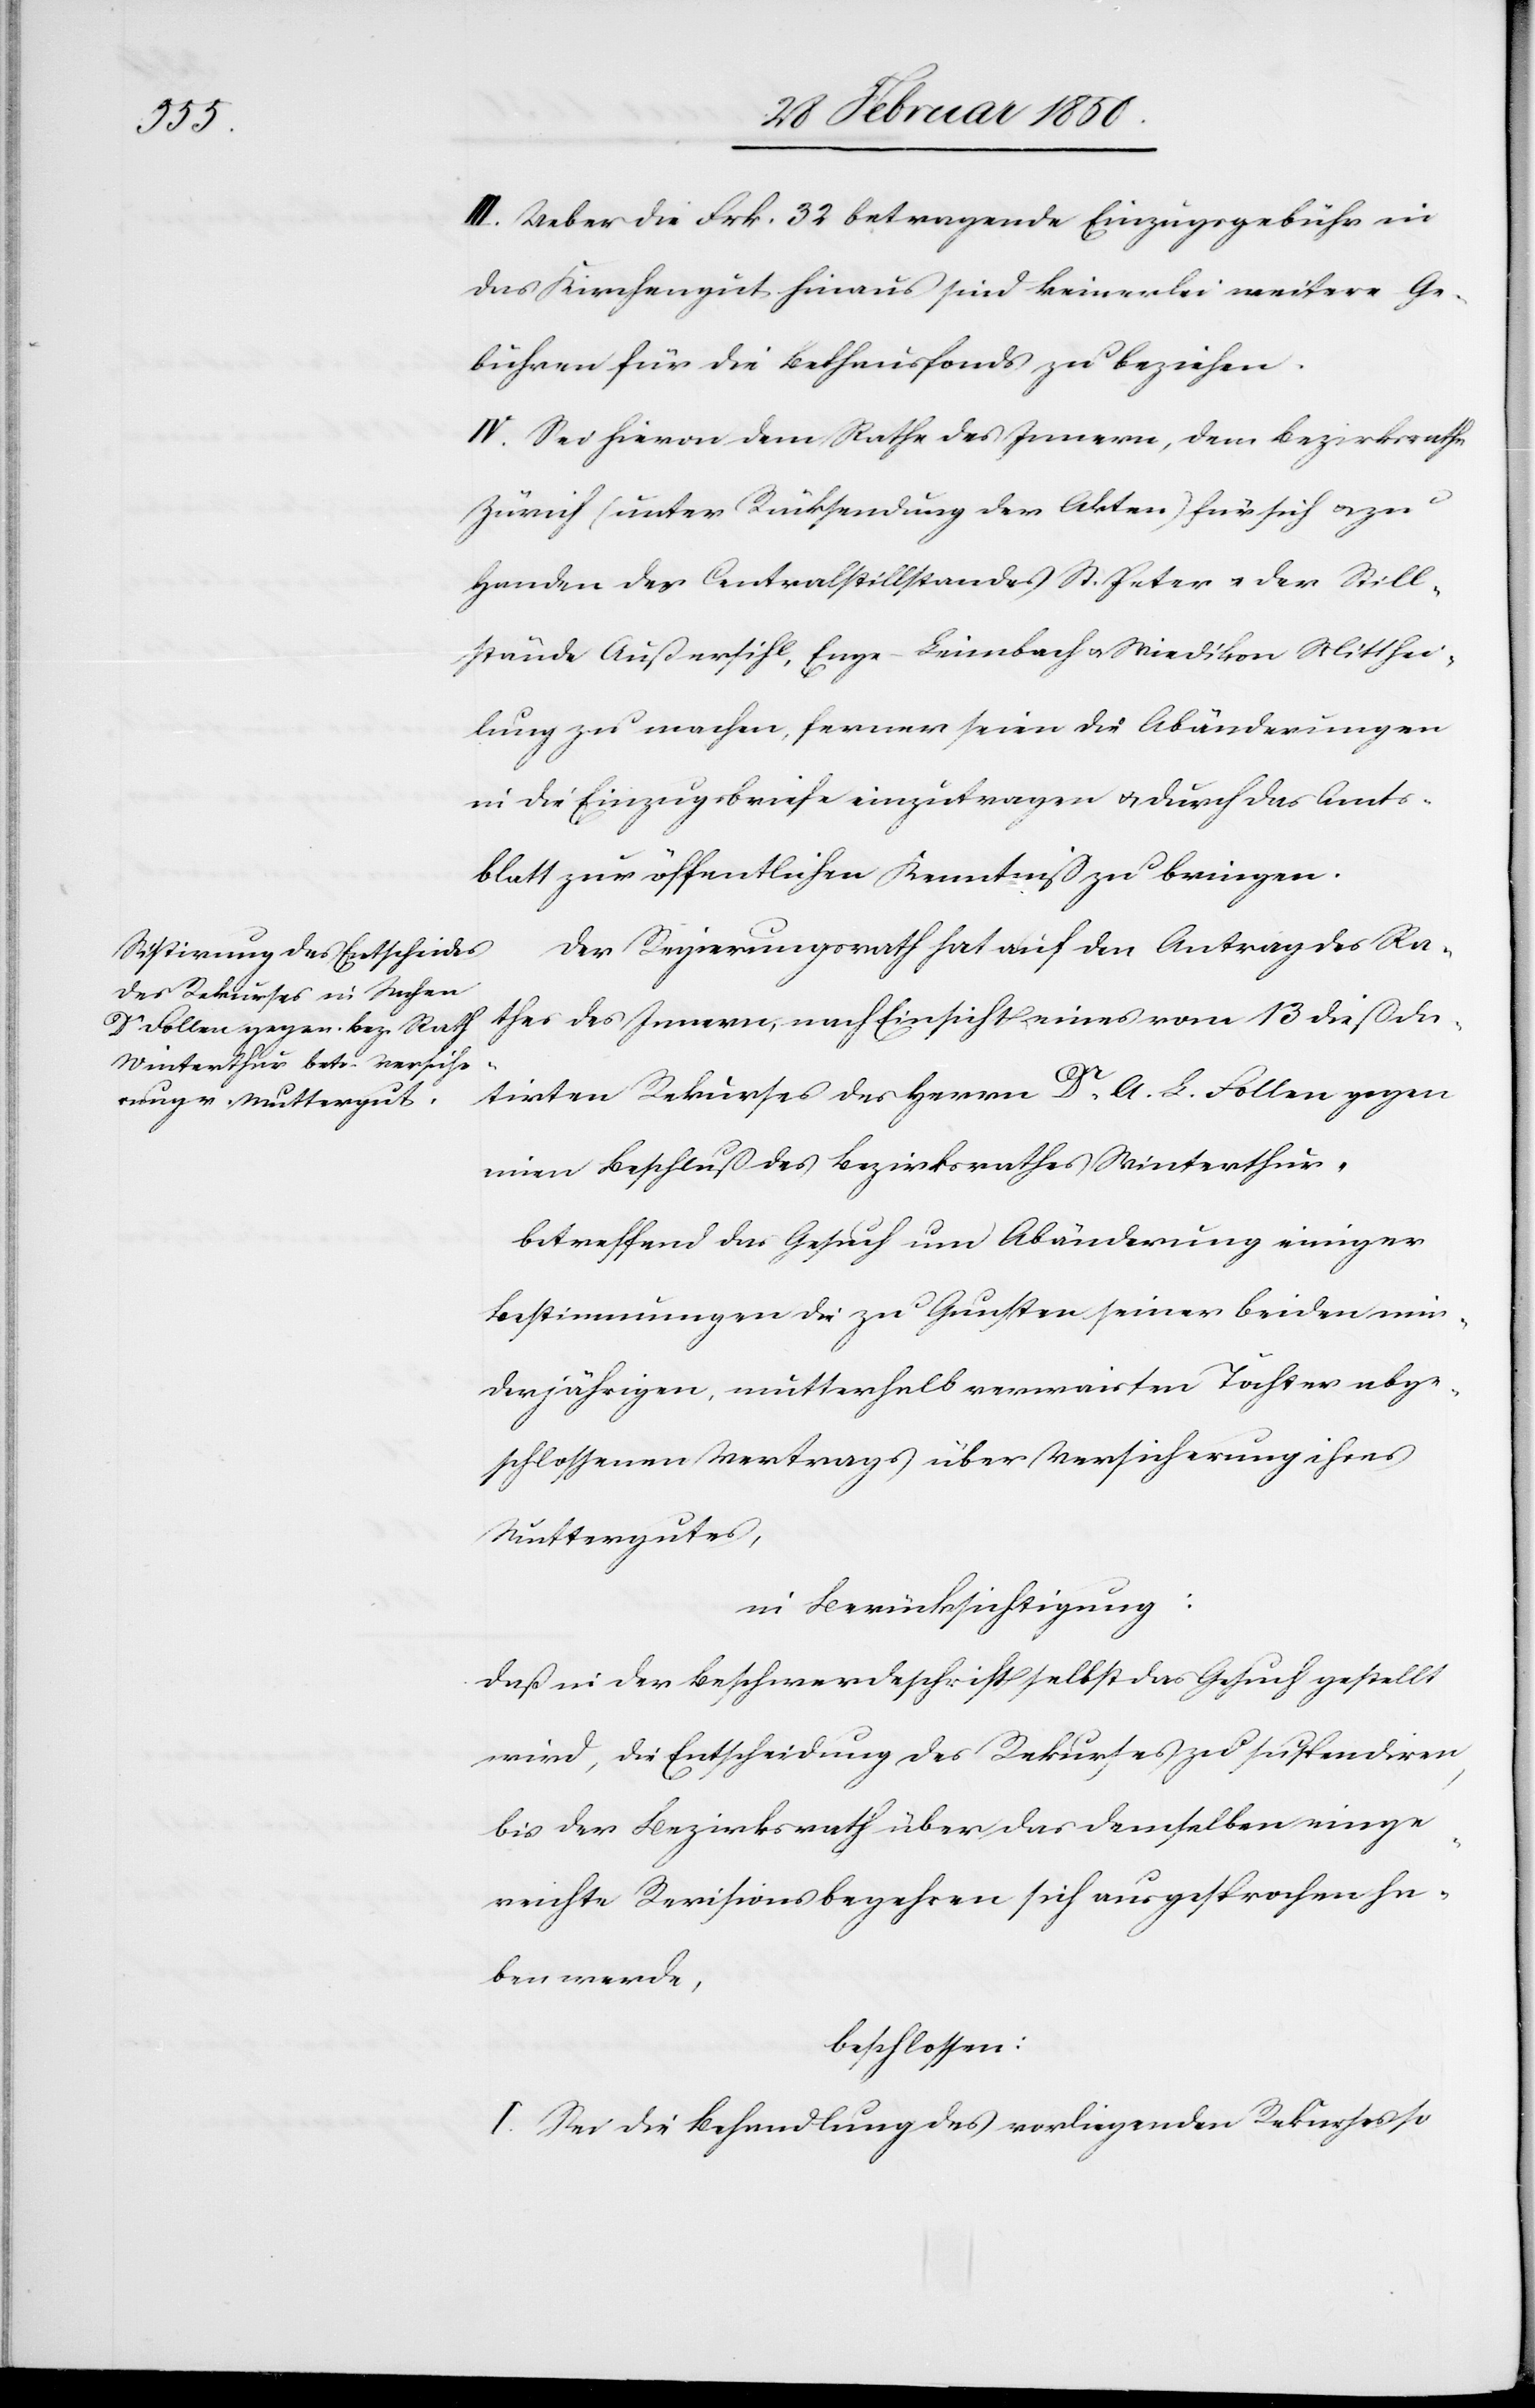
min¬

III. Ueber die Frk. 32 betragende Einzugsgebühr in
das Kirchengut hinaus sind keinerlei weitere Ge¬
bühren für die Bethausfonds z beziehen.
IV. Sei hievon dem Rathe des Innern, dem Bezirksrathe
Zürich (unter Rücksendung der Akten) für sich u. zu
Handen des Centralstillstandes St. Peter u. der Still¬
stände Außersihl, Enge-Leimbach u. Wiedikon Mitthei¬
lung zu machen, ferner seien die Abänderungen
in die Einzugsbriefe einzutragen u. durch das Amts¬
blatt zur öffentlichen Kenntniß zu bringen.
Der Regierungsrath hat auf den Antrag des Ra¬
thes des Innern, nach Einsicht eines vom 13 dieß da¬
tirten Rekurses des Herrn Dr A. L. Follen gegen
einen Beschluß des Bezirksrathes Winterthur,
betreffend das Gesuch um Abänderung einiger
derjährigen, mutterhalb verwaisten Töchter abge¬
schlossenen Vertrags über Versicherung ihres
Muttergutes,
in Berücksichtigung.
Daß in der Beschwerdeschrift selbst das Gesuch gestellt
wird, die Entscheidung des Rekurses zu suspendiren,
bis der Bezirksrath über das demselben einge¬
reichte Revisionsbegehren sich ausgesprochen ha¬
ben werde,
beschlossen:
I. Sei die Behandlung des vorliegenden Rekurses so